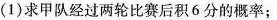
(1)求甲队经过两轮比赛后积6分的概率；